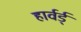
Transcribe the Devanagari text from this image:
हार्वर्ड्